Medical and sanitary report of the native army of Bengal for the year
Year: 1877
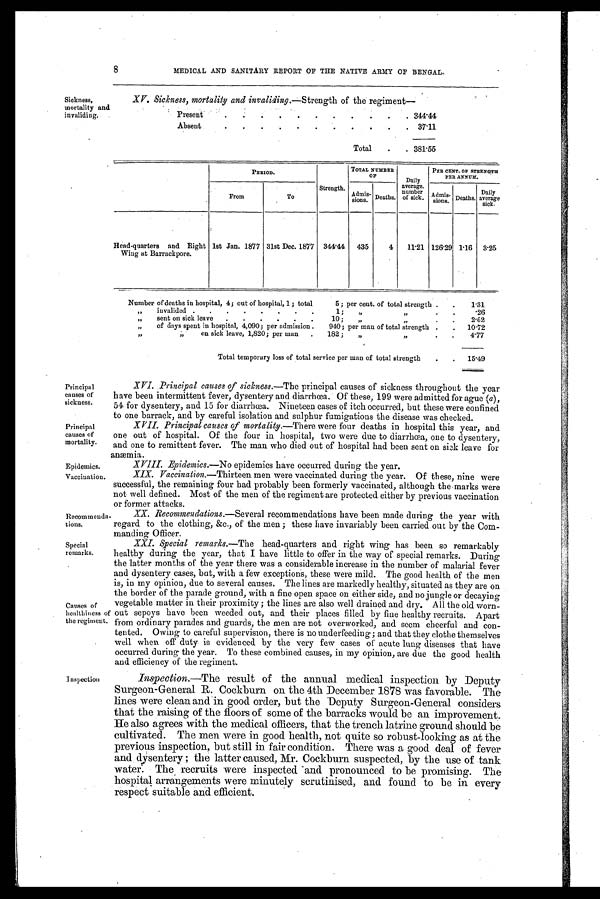
Principal
causes of
sickness.
Principal
causes of
mortality.
Epidemics.
Vaccination.
8
MEDICAL AND SANITARY REPORT OF THE NATIVE ARMY OF BENGAL.
Sickness,
mortality and
invaliding.
XV. Sickness, mortality and invaliding.—Strength of the regiment-
Present
3 4 4 . 4 4
Absent
3 7 . 1 1
T o t a l
3 8 1 . 5 5
PERIOD.
Strength.
TOTAL NUMBER OF
PER CENT. OF STRENGT PER ANNUM.
From.
To
Admissions. Deaths.
Dai l y aver age number of si ck.
Admissions. Deaths.
Dai l y aver age s i ck.
Head-quarters and Right Wing at Barrackpore.
1st Jan. 1877
31st Dec. 1877
344.44
435
4
11.21 126.29 1.16
3.25
Number of deaths in hospital, 4; out of hospital, 1; total
5; per cent. of total strength
1 . 3 1
,, invalided
1; ,,
,,
. 2 6
,, sent on sick leave
10; ,, ,,
2 . 6 2
,, of days spent in hospital, 4,090; per admission
940; per man of total strength
1 0 . 7 2
,, ,, on sick leave, 1,820; per admission
182; ,, ,,
4 . 7 7
Tot al t empor ar y l os s of t ot al s er vi ce per man of t ot al s t r engt h
1 5 . 4 9
Recommend
ations.
Special
remarks.
Causes of
healthiness
of the regiment.
Inspection
XVI. Princi pal causes of sickness.— The principal causes of sickness throughout the year
have been intermittent fever, dysentery and diarrhoea. Of these, 199 were admitted for ague (a),
54 for dysentery, and 15 for diarrhoea. Nineteen cases of itch occurred, but these were confined
to one barrack, and by careful isolation and sulphur fumigations the disease was checked.
XVII. Principal causes of mortality.—There were four deaths in hospital this year, and
one out of hospital. Of the four in hospital, two were due to diarrhcea, one to dysentery,
and one to remittent fever. The man who died out of hospital had been sent on sick leave for
anaemia.
X V I I I . E p i d e m i c s . -
N o e p i d e m i c s h a v e o c c u r r e d d u r i n g t h e y e a r .
XIX. Vaccination.—Thirteen men were vaccinated during the year. Of these, nine were
successful, the remaining four had probably been formerly vaccinated, although the marks were
not well defined. Most of the men of the regiment are protected either by previous vaccination
or former attacks.
XX. Recommendations.— Several recommendations have been made during the year with
regard to the clothing, &c., of the men ; these have invariably been carried out by the Com-
manding Officer.
XXI. Special remarks.—The head-quarters and right wing has been so remarkably
healthy during the year, that I have little to offer in the way of special remarks. During
the latter months of the year there was a considerable increase in the number of malarial fever
and dysentery cases, but, with a few exceptions, these were mild. The good health of the men
is, in my opinion, due to several causes. The lines are markedly healthy, situated as they are on
the border of the parade ground, with a fine open space on either side, and no jungle or decaying
vegetable matter in their proximity ; the lines are also well drained and dry. All the old worn-
out sepoys have been weeded out, and their places filled by fine healthy recruits. Apart
from ordinary parades and guards, the men are not overworked, and seem cheerful and con-
tented. Owing to careful supervision, there is no underfeeding; and that they clothe themselves
well when off duty is evidenced by the very few cases of acute lung diseases that have
occurred during the year. To these combined causes, in my opinion, are due the good health
and efficiency of the regiment.
Inspection.—The result of the annual medical inspection by Deputy
Surgeon-General R. Cockburn on the 4th December 1878 was favorable. The
lines were clean and in good order, but the Deputy Surceon-General considers
that the raising of the floors of some of the barracks would be an improvement
. H e a l s o a g r e e s w i t h t h e m e d i c a l o f f i c e r s , t h a t t h e t r e n c h l a t r i n e g r o u n d s h o u l d b e
cultivated. The men were in good health, not quite so robust-looking as at the
previous inspection, but still in fair condition. There was a good deal of fever
and dysentery ; the latter caused, Mr. Cockburn suspected, by the use of tank
water. The recruits were inspected and pronounced to be promising. The
hospital arrangements were minutely scrutinised, and found to be in every
respect suitable and efficient.